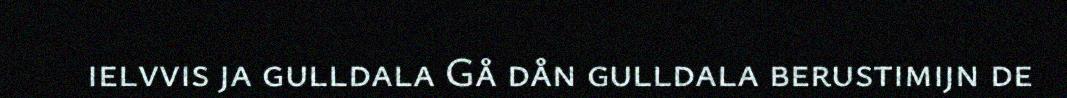
ielvvis ja gulldala Gå dån gulldala berustimijn de